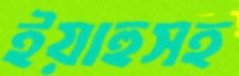
ইয়াহুসহ